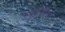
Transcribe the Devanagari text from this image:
एम्बुलैंसों